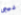
فيبى